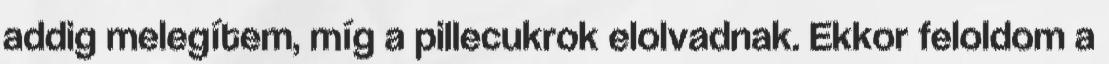
addig melegítem, míg a pillecukrok elolvadnak. Ekkor feloldom a